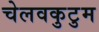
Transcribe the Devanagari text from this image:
चेलवकुटुम